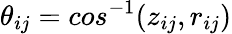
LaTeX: \theta_{ij}=cos^{-1}(z_{ij},r_{ij})